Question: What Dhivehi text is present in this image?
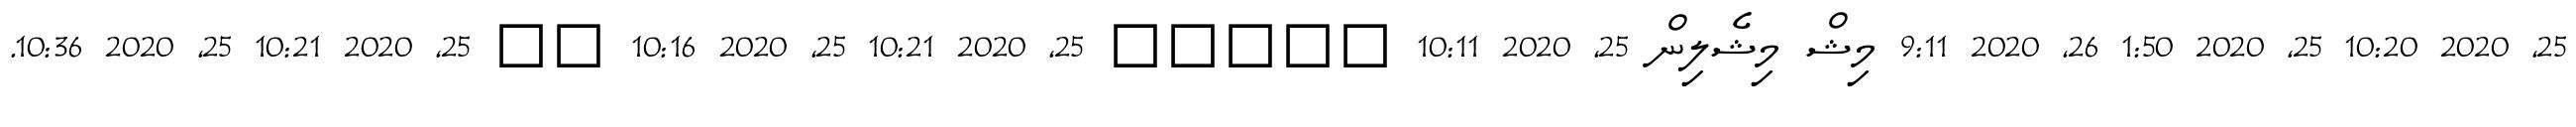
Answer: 25, 2020 10:20 25, 2020 1:50 26, 2020 9:11 މިޝް މިޝެލިން 25, 2020 10:11 ????? 25, 2020 10:21 25, 2020 10:16 ?? 25, 2020 10:21 25, 2020 10:36.